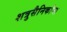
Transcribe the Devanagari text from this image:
शत्रुसैनिकांना